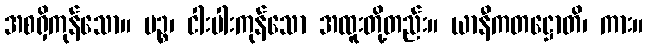
အစရှိကုန်သော။ ပဉ္စ၊ ငါးပါးကုန်သော အထူးတို့တည်း။ ယာနီကတဋ္ဌောတိ၊ ကား။